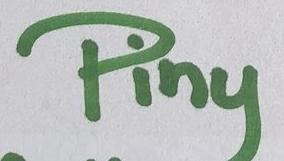
Piny